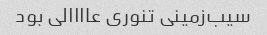
سیب‌زمینی تنوری عاااالی بود